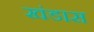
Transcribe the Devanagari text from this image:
खंडास